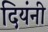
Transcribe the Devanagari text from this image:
दियंनी